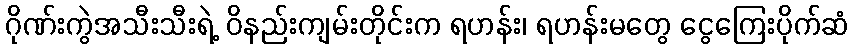
ဂိုဏ်းကွဲအသီးသီးရဲ့ ဝိနည်းကျမ်းတိုင်းက ရဟန်း၊ ရဟန်းမတွေ ငွေကြေးပိုက်ဆံ